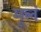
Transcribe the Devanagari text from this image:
मूलं